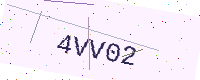
Text: 4VV02